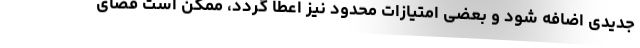
جدیدی اضافه شود و بعضی امتیازات محدود نیز اعطا گردد، ممکن است فضای